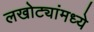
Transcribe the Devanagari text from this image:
लखोट्यांमध्ये